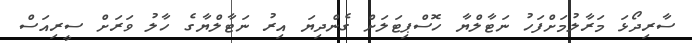
ސާރިދޯޅަ މަރާލުމަށްފަހު ނަޓާލްޔާ ހޮސްޕިޓަލަށް ގެންދިޔަ އިރު ނަޓާލްޔާގެ ހާލު ވަރަށް ސީރިއަސް